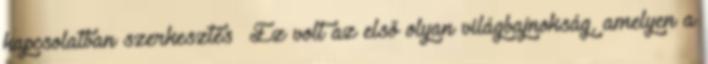
kapcsolatban szerkesztés Ez volt az első olyan világbajnokság, amelyen a